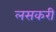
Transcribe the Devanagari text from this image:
लसकरी